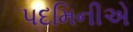
પદમિનીએ